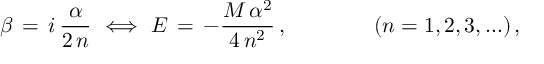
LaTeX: \beta \, = \, i \, \frac { \alpha } { 2 \, n } \, \, \Longleftrightarrow \, \, E \, = \, - \frac { M \, \alpha ^ { 2 } } { 4 \, n ^ { 2 } } \, , \qquad \qquad ( n = 1 , 2 , 3 , \ldots ) \, ,